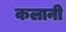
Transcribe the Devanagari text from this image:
कलानी